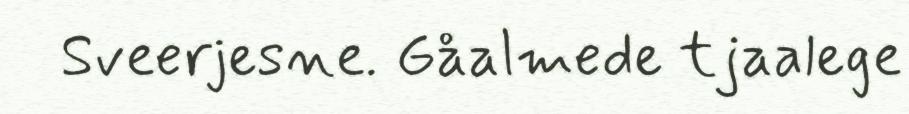
Sveerjesne. Gåalmede tjaalege